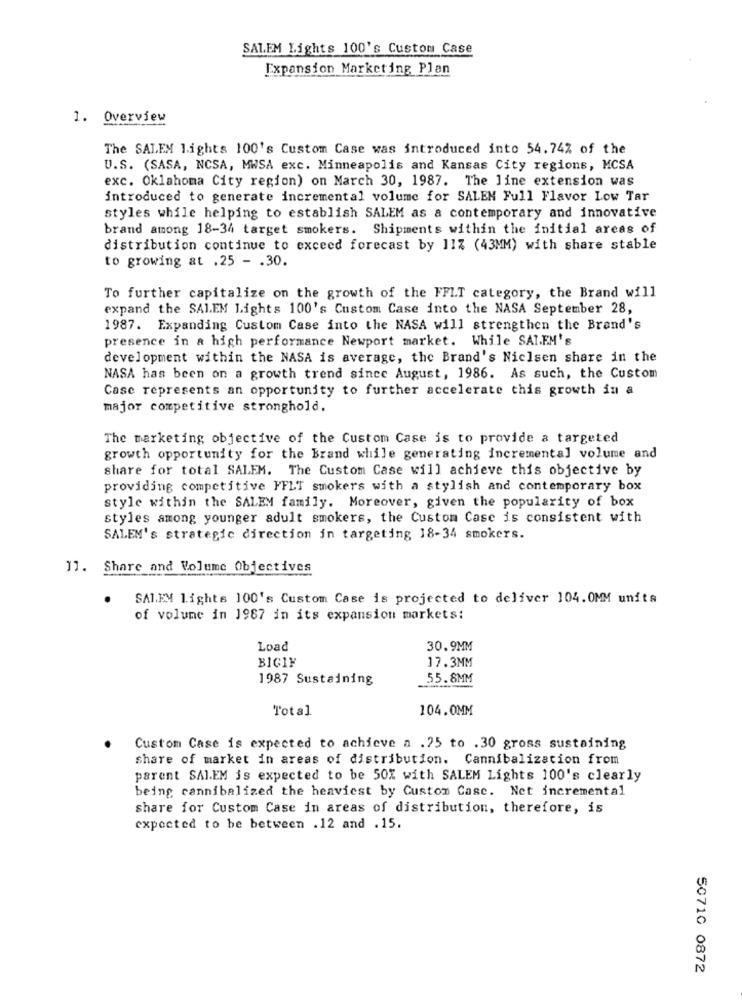
SALEM Lights 100's Custom Case
Expansion Marketing Plan
1. Overview
The SALEM Lights 100's Custom Case was introduced into 54.74% of the
U.S. (SASA, NCSA, MWSA exc. Minneapolis and Kansas City regions, MCSA
exc. Oklahoma City region) on March 30, 1987. The line extension was
introduced to generate incremental volume for SALEN Full Flavor Low Tar
styles while helping to establish SALEM as a contemporary and innovative
brand among 18-34 target smokers. Shipments within the initial areas of
distribution continue to exceed forecast by 11% (43MM) with share stable
to growing at .25 - . 30.
To further capitalize on the growth of the FFLT category, the Brand will
expand the SALEM Lights 100's Custom Case into the NASA September 28,
1987. Expanding Custom Case into the NASA will strengthen the Brand's
presence in a high performance Newport market. While SAIEM's
development within the NASA is average, the Brand's Nielsen share in the
NASA has been on a growth trend since August, 1986. As such, the Custom
Case represents an opportunity to further accelerate this growth in a
major competitive stronghold.
The marketing objective of the Custom Case is to provide a targeted
growth opportunity for the Brand while generating incremental volume and
share for total SALEM. The Custom Case will achieve this objective by
providing competitive FFLT smokers with a stylish and contemporary box
style within the SALEM family. Moreover, given the popularity of box
styles among younger adult smokers, the Custom Case is consistent with
SALEM's strategic direction in targeting 18-34 smokers.
11. Share and Volume Objectives
.
SALEM lights 100's Custom Case is projected to deliver 104.0MM units
of volume in 1967 in its expansion markets:
Load
30.9MM
BIGIF
17.3MM
1987 Sustaining
55.8MM
Total
104.0MM
Custom Case is expected to achieve a .25 to .30 gross sustaining
share of market in areas of distribution. Cannibalization from
parent SALEM is expected to be 50% with SALEM Lights 100's clearly
being cannibalized the heaviest by Custom Case. Net incremental
share for Custom Case in areas of distribution, therefore, is
expected to be between .12 and . 15.
50710 0872